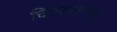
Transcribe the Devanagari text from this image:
चित्रस्वरूपात